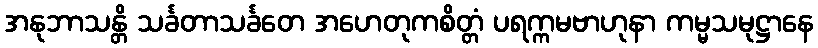
အနုဘာသန္တိ သင်္ခတာသင်္ခတေ အဟေတုကစိတ္တံ ပရက္ကမဗာဟုနာ ကမ္မသမုဋ္ဌာနေ